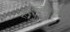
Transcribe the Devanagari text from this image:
संगमनेरजवळच्या